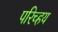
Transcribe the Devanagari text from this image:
परिच्हय